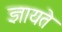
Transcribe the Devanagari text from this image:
ज्ञायते